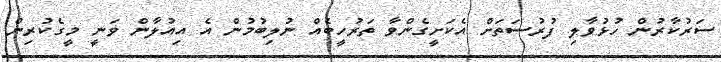
ސަރުކާރުން ހުޅުވާލި ފުރުސަތަށް އެކަށީގެންވާ ތަރުހީބެއް ނުލިބުމުން އެ އިއުލާން ވަނީ މީގެކުރިން